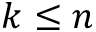
k \leq n